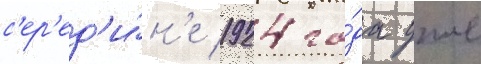
с'ер'ед'и́н'е 1924 го́да уже